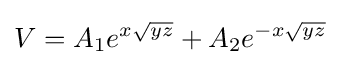
V={A_{1}e^{x{\sqrt {yz}}}}+{A_{2}e^{-x{\sqrt {yz}}}}